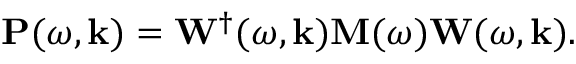
\mathbf { P } ( \omega , \mathbf { k } ) = \mathbf { W } ^ { \dagger } ( \omega , \mathbf { k } ) \mathbf { M } ( \omega ) \mathbf { W } ( \omega , \mathbf { k } ) .